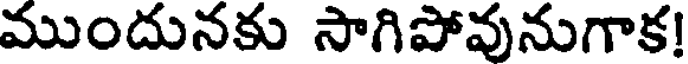
ముందునకు సాగిపోవునుగాక!